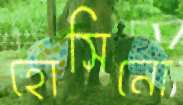
হোসিনো